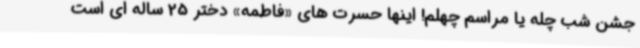
جشن شب چله یا مراسم چهلم! اینها حسرت های «فاطمه» دختر 25 ساله ای است